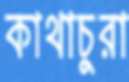
কাথাচুরা